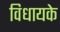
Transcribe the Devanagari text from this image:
विधायके